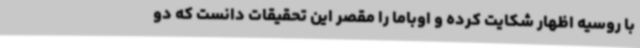
با روسیه اظهار شکایت کرده و اوباما را مقصر این تحقیقات دانست که دو